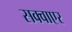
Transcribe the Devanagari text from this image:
सक्वाएर